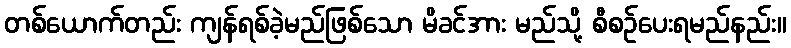
တစ်ယောက်တည်း ကျန်ရစ်ခဲ့မည်ဖြစ်သော မိခင်အား မည်သို့ စီစဉ်ပေးရမည်နည်း။